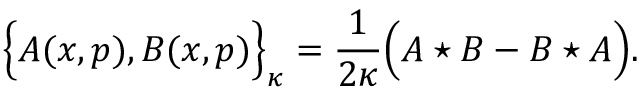
\Big \{ A ( x , p ) , B ( x , p ) \Big \} _ { \kappa } = \frac { 1 } { 2 \kappa } \Big ( A \star B - B \star A \Big ) .